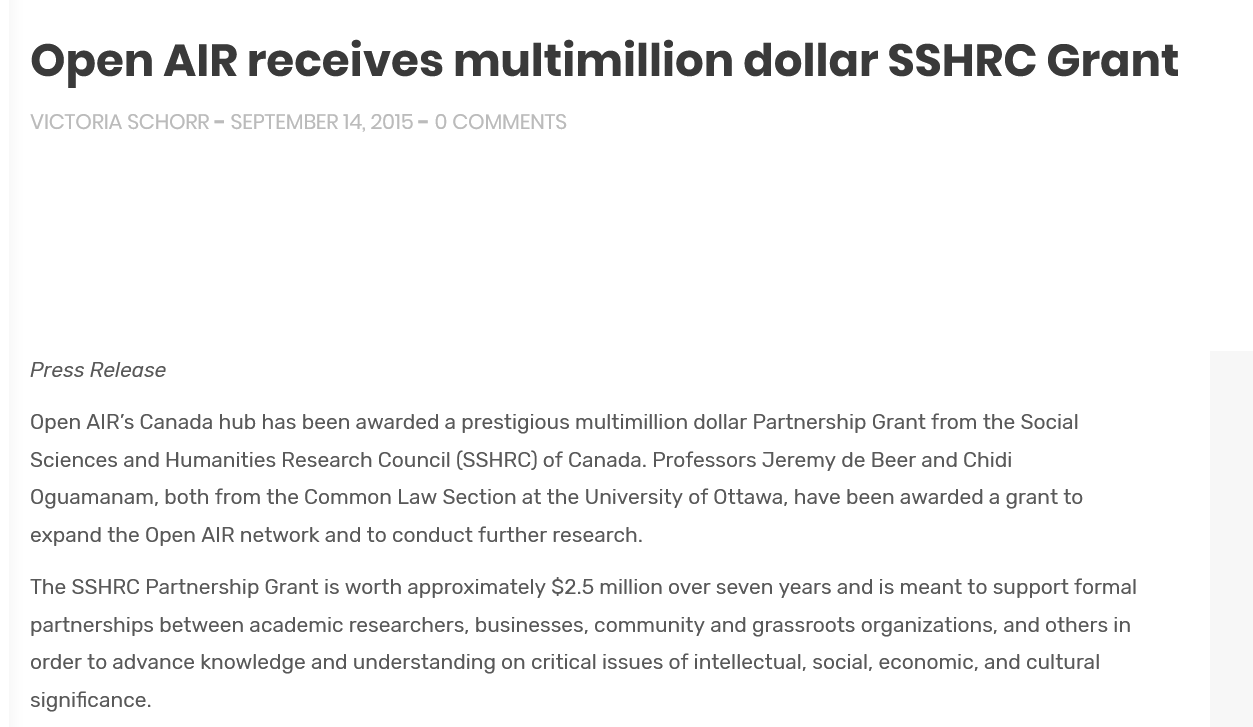
Open    AIR    receives    multimillion    dollar    SSHRC    Grant
   VICTORIA SCHORR = SEPTEMBER 14. 2015 = O COMMENTS.
   Press Release
   Open AIR’s Canada hub has been awarded a prestigious multimillion dollar Partnership Grant from the Social
   Sciences and Humanities Research Council (SSHRC) of Canada. Professors Jeremy de Beer and Chidi
   Oguamanam,  both from the Common Law Section at the University of Ottawa, have been awarded a grant to
   expand the Open AIR network and to conduct further research.
   The SSHRC Partnership Grant is worth approximately $2.5 million over seven years and is meant to support formal
   partnerships between academic researchers, businesses, community and grassroots organizations, and others in
   order to advance knowledge and understanding on critical issues of intellectual, social, economic, and cultural
   significance.